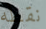
نقطه